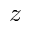
z